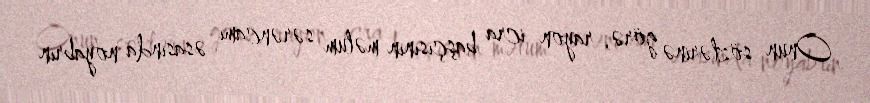
Onun sözlərinə görə, rayon icra başçısının məlum sərəncamı əsasında noyabrın